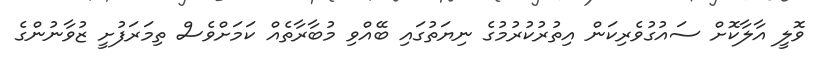
ވޮލީ އާލާކޮށް ސައުގުވެރިކަން އިތުރުކުރުމުގެ ނިޔަތުގައި ބޭއްވި މުބާރާތެއް ކަމަށްވެސް ތިމަރަފުށީ ޒުވާނުންގެ